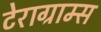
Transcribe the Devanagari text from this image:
टेराग्राम्स